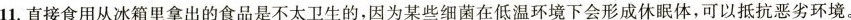
1.直接食用从冰箱里拿出的食品是不太卫生的，因为某些细菌在低温环境下会形成休眠体，可以抵抗恶劣环境。